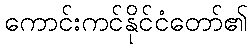
ကောင်းကင်နိုင်ငံတော်၏